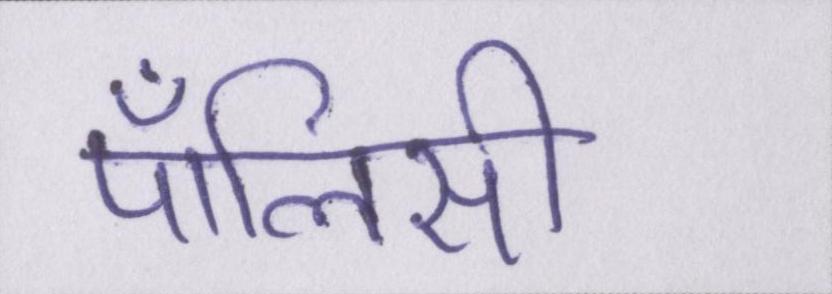
पॉलिसी